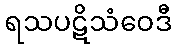
ရသပဋိသံဝေဒီ